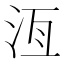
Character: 𬇛